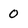
Character: 0